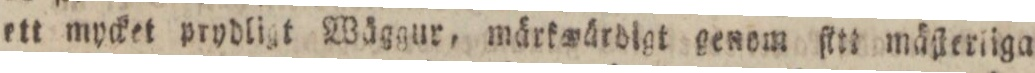
ett mycket prydligt Wäggur, märkwärdigt genom ſitt mäſterliga